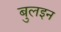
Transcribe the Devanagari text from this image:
बुलइन